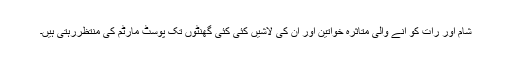
شام اور رات کو آنے والی متاثرہ خواتین اور ان کی لاشیں کئی کئی گھنٹوں تک پوسٹ مارٹم کی منتظررہتی ہیں۔